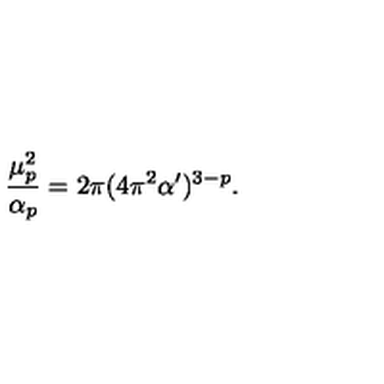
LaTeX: \frac { \mu _ { p } ^ { 2 } } { \alpha _ { p } } = 2 \pi ( 4 \pi ^ { 2 } \alpha ^ { \prime } ) ^ { 3 - p } .